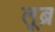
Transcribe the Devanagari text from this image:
लूब्र